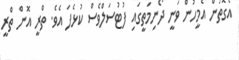
އެގޮތުން އެމީހުން ވަނީ ދޯނިމަތީގައި ފުޓުސަލްވެސް ކުޅެފަ އެވެ. ތްރީ އޮން ތްރީ